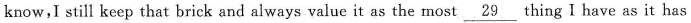
know,I still keep that brick and always value it as the most \underline{29} thing I have as it has